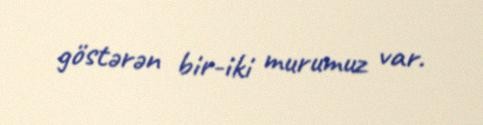
göstərən bir-iki murumuz var.